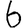
Digit: 6